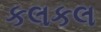
કલકલ